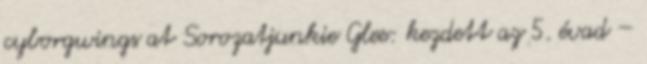
cyborgwings at Sorozatjunkie Glee: kezdett az 5. évad –